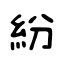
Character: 紛